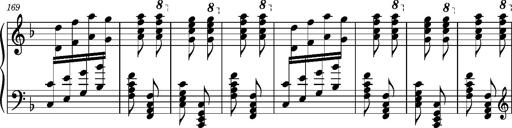
Title: Ungarischer Romanzero
Composer: Franz Liszt